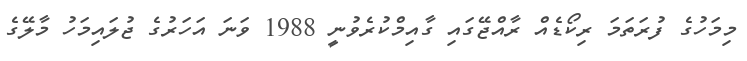
މިމަހުގެ ފުރަތަމަ ރިކޯޑެއް ރާއްޖޭގައި ގާއިމްކުރެވުނީ 1988 ވަނަ އަހަރުގެ ޖުލައިމަހު މާލޭގެ